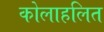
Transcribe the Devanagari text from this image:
कोलाहलित